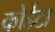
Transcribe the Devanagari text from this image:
कोर्डेटा